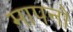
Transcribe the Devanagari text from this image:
मापनो